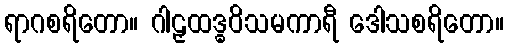
ရာဂစရိတော။ ဂါဠှထဒ္ဓဝိသမကာရီ ဒေါသစရိတော။